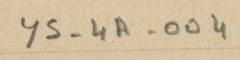
YS-4A-004